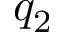
q _ { 2 }